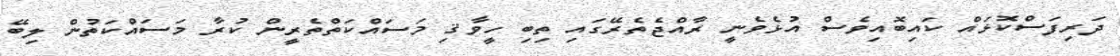
ދަރިފަސްކޮޅައް ކައިބޮއިވެސް އުޅެވެނީ ރާއްޖެތެރޭގައި ތިބި ހީވާޤި މަސައްކަތްތެރީން ކުރާ މަސައްކަތުން ލިބޭ